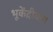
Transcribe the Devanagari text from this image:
भूकेंद्रीयता